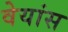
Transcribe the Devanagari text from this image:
वेयांस